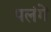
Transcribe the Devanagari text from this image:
पलंगें